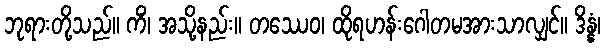
ဘုရားတို့သည်။ ကိံ၊ အသို့နည်း။ တဿေဝ၊ ထိုရဟန်းဂေါတမအားသာလျှင်။ ဒိန္နံ၊